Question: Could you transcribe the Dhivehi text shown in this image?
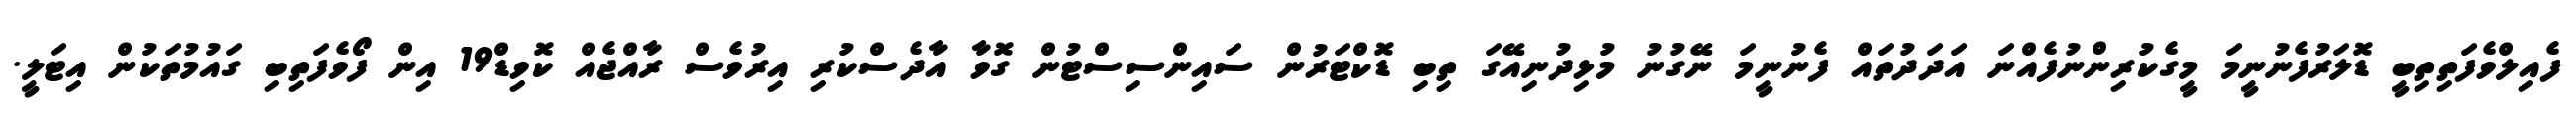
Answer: ފެއިލްވެފަތިތިބީ ޑޮލަރުފެނުނީމަ މީގެކުރިންނުފެއްނަ އަދަދުތައް ފެނުނީމަ ނޭގުނު މުޅިދުނިއޭގަ ތިބި ޑޮކްޓަރުން ސައިންސިސްޓުން ގޮވާ އާދެސްކުރި އިރުވެސް ރާއްޖެއް ކޮވިޑް19 އިން ފޯވެފަތިބި ގައުމުތަކުން އިޓަލީ.